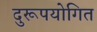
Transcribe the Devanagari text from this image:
दुरूपयोगित